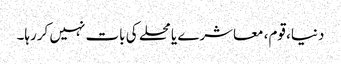
دنیا، قوم، معاشرے یا محلے کی بات نہیں کررہا۔